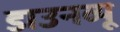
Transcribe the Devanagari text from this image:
डाउनव्यू